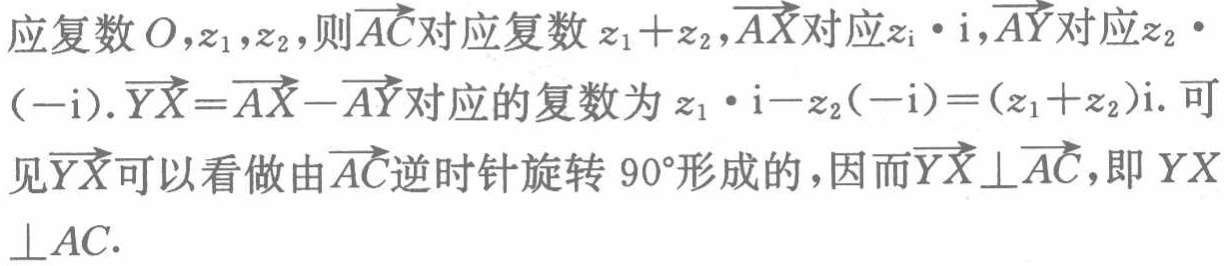
应复数\(O,z_{1},z_{2}\)，则\(\overrightarrow{AC}\)对应复数\(z_{1} + z_{2}\)，\(\overrightarrow{AX}\)对应\(z_{1}\cdot \mathrm{i}\)，\(\overrightarrow{AY}\)对应\(z_{2}\cdot (-\mathrm{i})\). \(\overrightarrow{YX}=\overrightarrow{AX}-\overrightarrow{AY}\)对应的复数为\(z_{1}\cdot \mathrm{i}-z_{2}(-\mathrm{i})=(z_{1} + z_{2})\mathrm{i}\). 可见\(\overrightarrow{YX}\)可以看做由\(\overrightarrow{AC}\)逆时针旋转\(90^{\circ}\)形成的，因而\(\overrightarrow{YX}\perp\overrightarrow{AC}\)，即\(YX\perp AC\).